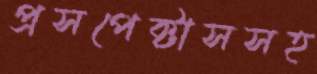
প্রসপেক্টাসসহ